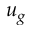
u _ { g }